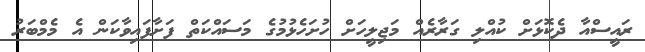
ރައީސްއާ ދެކޮޅަށް ކުއްލި ގަރާރެއް މަޖިލީހަށް ހުށަހެޅުމުގެ މަސައްކަތް ފަށާފައިވާކަން އެ މެމްބަރު